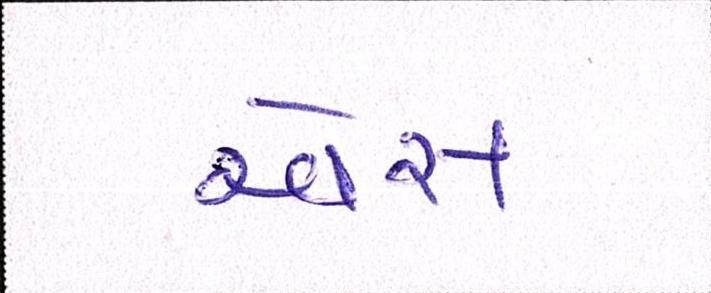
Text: એસ